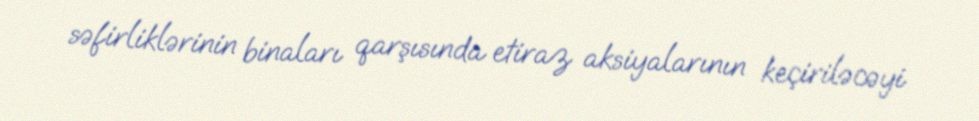
səfirliklərinin binaları qarşısında etiraz aksiyalarının keçiriləcəyi